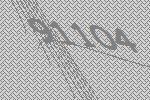
91104